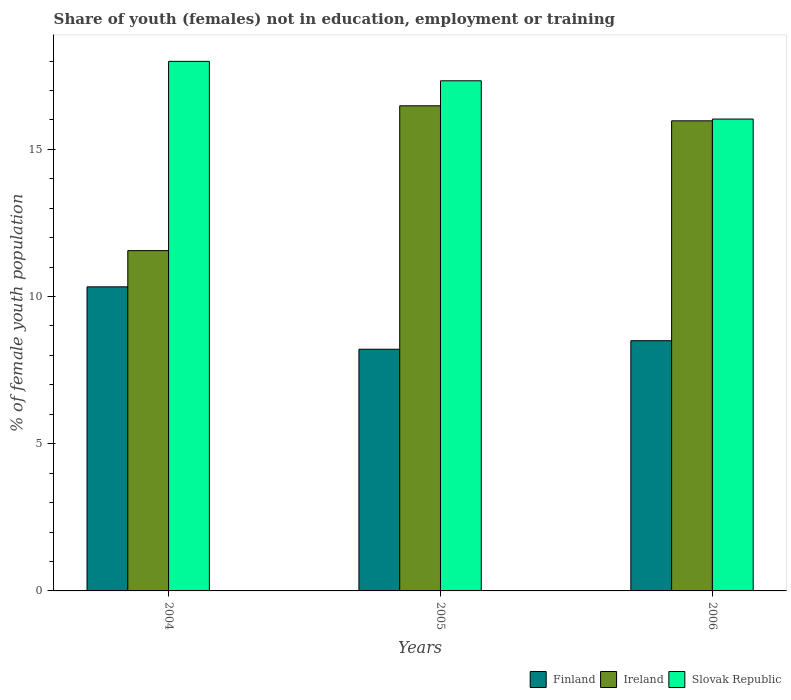
| Years | Finland | Ireland | Slovak Republic |
 | --- | --- | --- | --- |
 | 2004 | 10.3 | 11.6 | 18 |
 | 2005 | 8.21 | 16.5 | 17.3 |
 | 2006 | 8.5 | 16 | 16 |